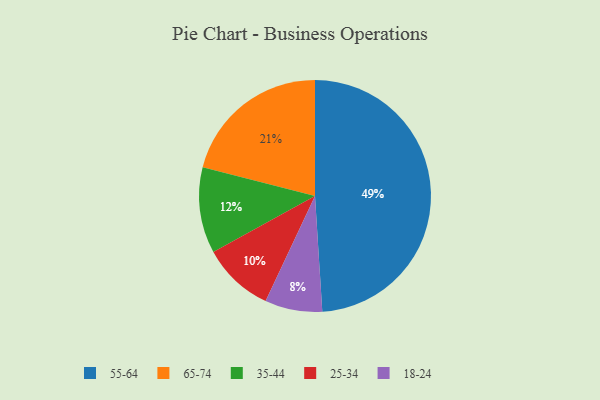
{"axis": {"x": "Category", "y": "Percentage"}, "legend": ["18-24", "25-34", "35-44", "55-64", "65-74"], "data": [{"x": "65-74", "y": 21, "type": "65-74"}, {"x": "25-34", "y": 10, "type": "25-34"}, {"x": "55-64", "y": 49, "type": "55-64"}, {"x": "35-44", "y": 12, "type": "35-44"}, {"x": "18-24", "y": 8, "type": "18-24"}]}